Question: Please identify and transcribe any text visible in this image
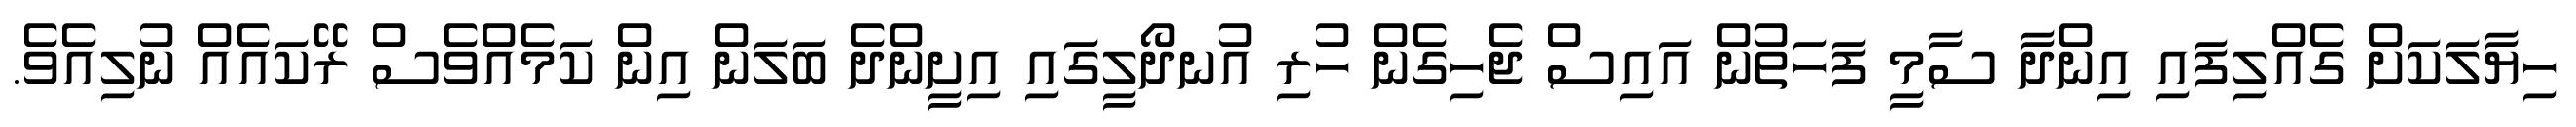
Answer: ހިޔާލަކަށް ގެއްލިފައި އިންދާ ސާމީ ފަހަތުން އައިސް ޖެހިގެން ހުރި އުނދޯލީގައި އިށީންދެ ބަލަން އިން ކަމެއްވެސް ރޭކައެއް ނުލިއެވެ.